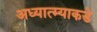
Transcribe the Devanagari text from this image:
अध्यात्म्याकडे